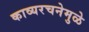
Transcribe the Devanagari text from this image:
काव्यरचनेमुळे